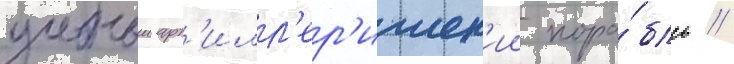
учебныи арт'илл'ер'ииск'ии кора́бль //